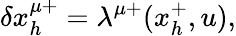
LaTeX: \delta x_{h}^{\mu+}=\lambda^{\mu+}(x_{h}^{+},u),